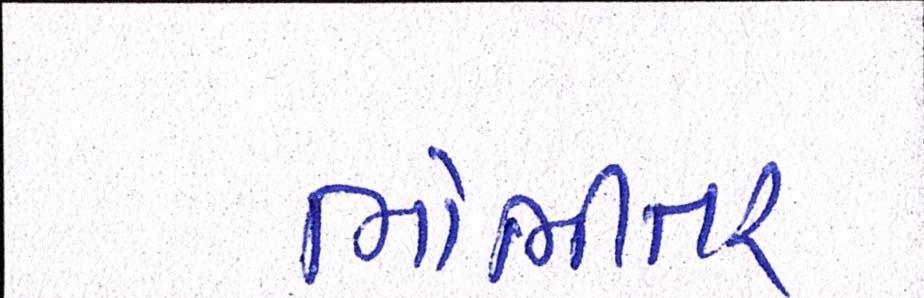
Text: ભોભીતર